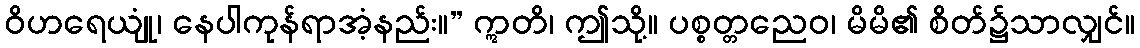
ဝိဟရေယျုံ၊ နေပါကုန်ရာအံ့နည်း။” ဣတိ၊ ဤသို့။ ပစ္စတ္တညေဝ၊ မိမိ၏ စိတ်၌သာလျှင်။